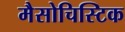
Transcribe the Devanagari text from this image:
मैसोचिस्टिक